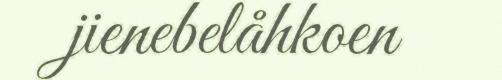
jienebelåhkoen